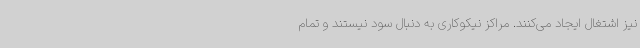
نیز اشتغال ایجاد می‌کنند. مراکز نیکوکاری به دنبال سود نیستند و تمام